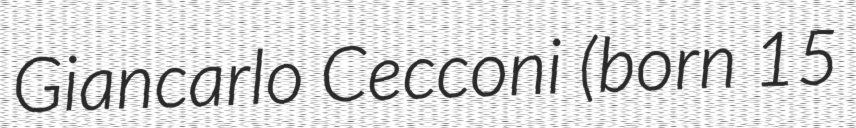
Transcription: Giancarlo Cecconi (born 15